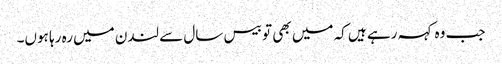
جب وہ کہہ رہے ہیں کہ میں بھی تو بیس سال سے لندن میں رہ رہا ہوں۔